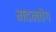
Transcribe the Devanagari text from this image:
मदनवेग